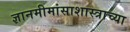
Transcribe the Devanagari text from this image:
ज्ञानमीमांसाशास्त्राच्या